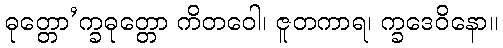
ဓုတ္တော’က္ခဓုတ္တော ကိတဝေါ၊ ဇူတကာရ၊ က္ခဒေဝိနော။